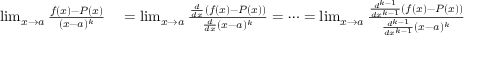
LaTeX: \begin{array} { r l } { \operatorname* { l i m } _ { x \to a } { \frac { f ( x ) - P ( x ) } { ( x - a ) ^ { k } } } } & { { } = \operatorname* { l i m } _ { x \to a } { \frac { { \frac { d } { d x } } ( f ( x ) - P ( x ) ) } { { \frac { d } { d x } } ( x - a ) ^ { k } } } = \cdots = \operatorname* { l i m } _ { x \to a } { \frac { { \frac { d ^ { k - 1 } } { d x ^ { k - 1 } } } ( f ( x ) - P ( x ) ) } { { \frac { d ^ { k - 1 } } { d x ^ { k - 1 } } } ( x - a ) ^ { k } } } } \end{array}